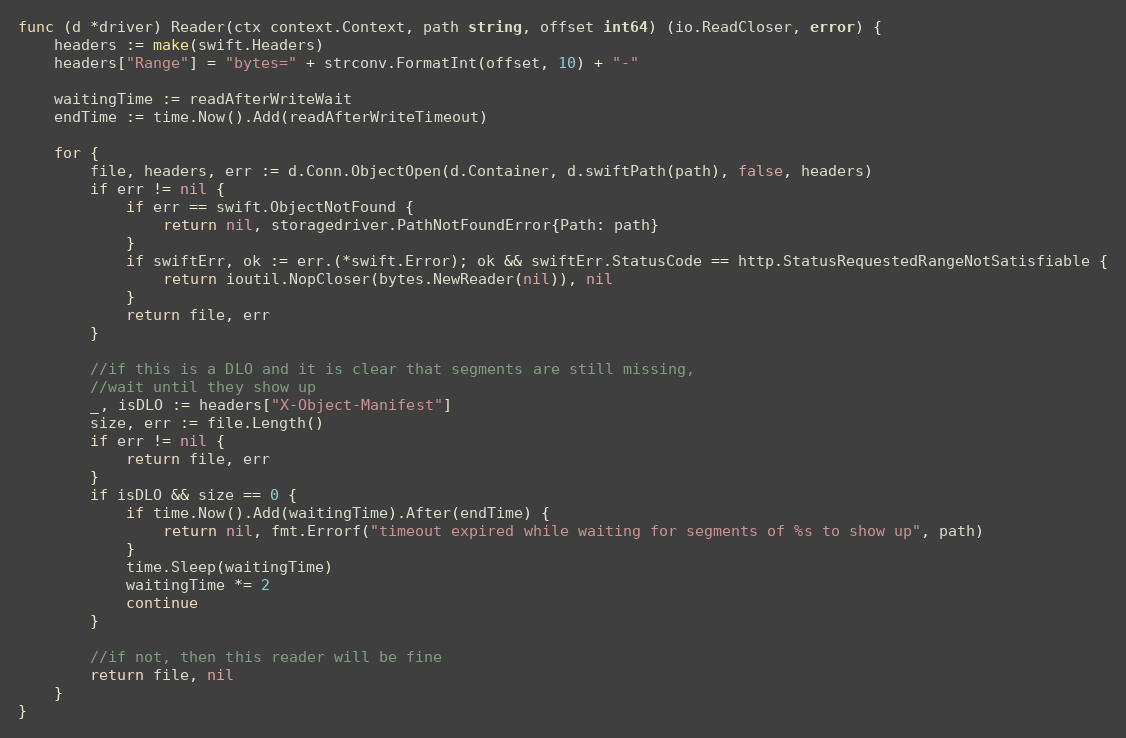
Language: Go
func (d *driver) Reader(ctx context.Context, path string, offset int64) (io.ReadCloser, error) {
	headers := make(swift.Headers)
	headers["Range"] = "bytes=" + strconv.FormatInt(offset, 10) + "-"

	waitingTime := readAfterWriteWait
	endTime := time.Now().Add(readAfterWriteTimeout)

	for {
		file, headers, err := d.Conn.ObjectOpen(d.Container, d.swiftPath(path), false, headers)
		if err != nil {
			if err == swift.ObjectNotFound {
				return nil, storagedriver.PathNotFoundError{Path: path}
			}
			if swiftErr, ok := err.(*swift.Error); ok && swiftErr.StatusCode == http.StatusRequestedRangeNotSatisfiable {
				return ioutil.NopCloser(bytes.NewReader(nil)), nil
			}
			return file, err
		}

		//if this is a DLO and it is clear that segments are still missing,
		//wait until they show up
		_, isDLO := headers["X-Object-Manifest"]
		size, err := file.Length()
		if err != nil {
			return file, err
		}
		if isDLO && size == 0 {
			if time.Now().Add(waitingTime).After(endTime) {
				return nil, fmt.Errorf("timeout expired while waiting for segments of %s to show up", path)
			}
			time.Sleep(waitingTime)
			waitingTime *= 2
			continue
		}

		//if not, then this reader will be fine
		return file, nil
	}
}